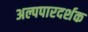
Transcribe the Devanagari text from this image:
अल्पपारदर्शक